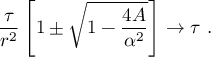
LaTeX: \frac { \tau } { r ^ { 2 } } \left[ 1 \pm \sqrt { 1 - \frac { 4 A } { \alpha ^ { 2 } } } \right] \rightarrow \tau \ .